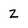
Character: z